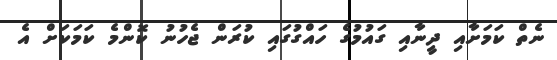
ނެތް ކަމަށާއި ދީނާއި ގައުމުގެ ހައްގުގައި ކުރަން ޖެހުނު ކޮންމެ ކަމަކަށް އެ